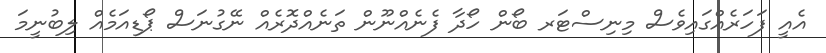
އެއީ ފަހަރެއްގައިވެސް މިނިސްޓަރ ބޯން ހޯދާ ފެނެއްނޫން ތަނެއްދޮރެއް ނޭގުނަސް ޕޯޑިއަމެއް ލިބުނީމަ